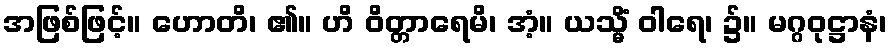
အဖြစ်ဖြင့်။ ဟောတိ၊ ၏။ ဟိ ဝိတ္တာရေမိ၊ အံ့။ ယသ္မိံ ဝါရေ၊ ၌။ မဂ္ဂဝုဋ္ဌာနံ၊